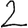
Digit: 2